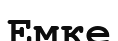
Емке